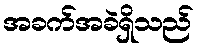
အခက်အခဲရှိသည်